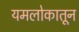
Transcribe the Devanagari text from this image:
यमलोकातून